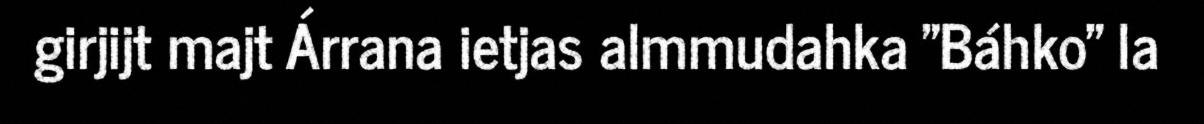
girjijt majt Árrana ietjas almmudahka "Báhko" la